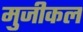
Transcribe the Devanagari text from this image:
मुजीकल